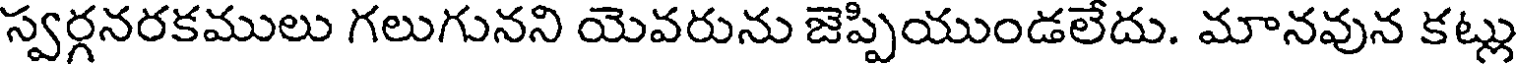
స్వర్గనరకములు గలుగునని యెవరును జెప్పియుండలేదు. మానవున కట్లు